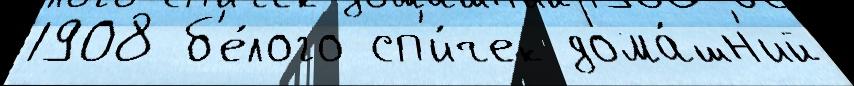
1908 б'е́лого сп'и́чек дома́шн'ий